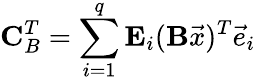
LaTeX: \mathbf{C}_{B}^{T}=\sum_{i=1}^{q}\mathbf{E}_{i}(\mathbf{B}\vec{x})^{T}\vec{e}_{i}